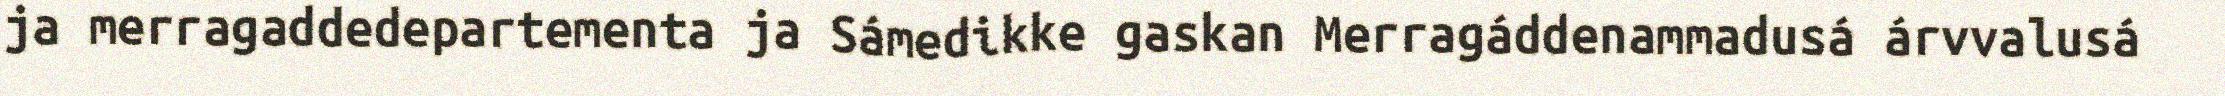
ja merragaddedepartementa ja Sámedikke gaskan Merragáddenammadusá árvvalusá